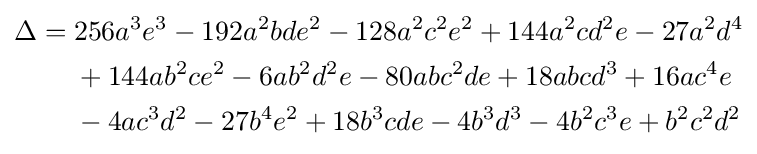
{\begin{aligned}\Delta ={}&256a^{3}e^{3}-192a^{2}bde^{2}-128a^{2}c^{2}e^{2}+144a^{2}cd^{2}e-27a^{2}d^{4}\\&+144ab^{2}ce^{2}-6ab^{2}d^{2}e-80abc^{2}de+18abcd^{3}+16ac^{4}e\\&-4ac^{3}d^{2}-27b^{4}e^{2}+18b^{3}cde-4b^{3}d^{3}-4b^{2}c^{3}e+b^{2}c^{2}d^{2}\end{aligned}}